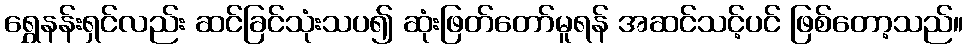
ရွှေနန်းရှင်လည်း ဆင်ခြင်သုံးသပ၍ ဆုံးဖြတ်တော်မူရန် အဆင်သင့်ပင် ဖြစ်တော့သည်။